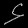
Digit: ၄